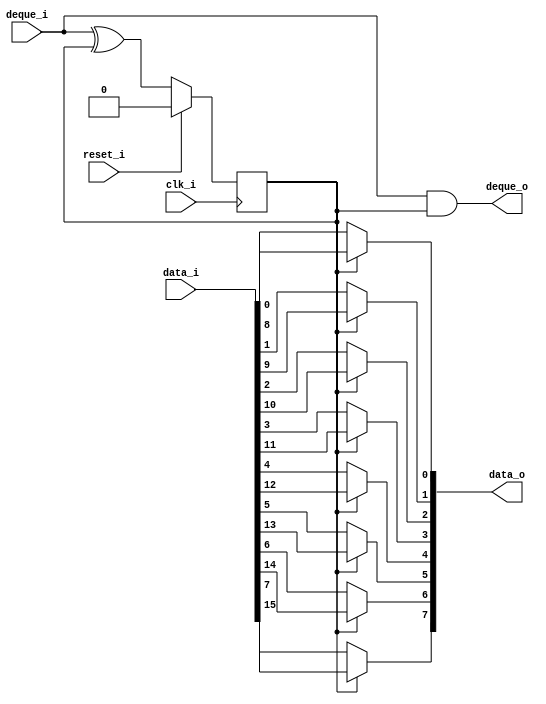
/* Generated by Yosys 0.27+9 (git sha1 101d19bb6, gcc 11.2.0-7ubuntu2 -fPIC -Os) */

(* top =  1  *)

module bsg_channel_narrow(clk_i, reset_i, data_i, deque_o, data_o, deque_i);
  
  input clk_i;
  wire clk_i;
  
  wire count_n;
  
  reg count_r;
  
  wire [7:0] \data[0] ;
  
  wire [7:0] \data[1] ;
  
  input [15:0] data_i;
  wire [15:0] data_i;
  
  output [7:0] data_o;
  wire [7:0] data_o;
  
  input deque_i;
  wire deque_i;
  
  output deque_o;
  wire deque_o;
  
  input reset_i;
  wire reset_i;
  assign data_o[0] = count_r ? data_i[8] : data_i[0];
  assign data_o[1] = count_r ? data_i[9] : data_i[1];
  assign data_o[2] = count_r ? data_i[10] : data_i[2];
  assign data_o[3] = count_r ? data_i[11] : data_i[3];
  assign data_o[4] = count_r ? data_i[12] : data_i[4];
  assign data_o[5] = count_r ? data_i[13] : data_i[5];
  assign data_o[6] = count_r ? data_i[14] : data_i[6];
  assign data_o[7] = count_r ? data_i[15] : data_i[7];
  assign count_n = deque_i ^ count_r;
  assign deque_o = deque_i & count_r;
  (* \always_ff  = 32'd1 *)
  
  always @(posedge clk_i)
    if (reset_i) count_r <= 1'h0;
    else count_r <= count_n;
  assign \data[0]  = data_i[7:0];
  assign \data[1]  = data_i[15:8];
endmodule